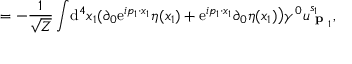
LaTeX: = - { \frac { 1 } { \sqrt { Z } } } \int \! \mathrm { d } ^ { 4 } x _ { 1 } ( \partial _ { 0 } \mathrm { e } ^ { i p _ { 1 } \cdot x _ { 1 } } \eta ( x _ { 1 } ) + \mathrm { e } ^ { i p _ { 1 } \cdot x _ { 1 } } \partial _ { 0 } \eta ( x _ { 1 } ) { \big ) } \gamma ^ { 0 } u _ { { \textbf { p } } _ { 1 } } ^ { s _ { 1 } } ,